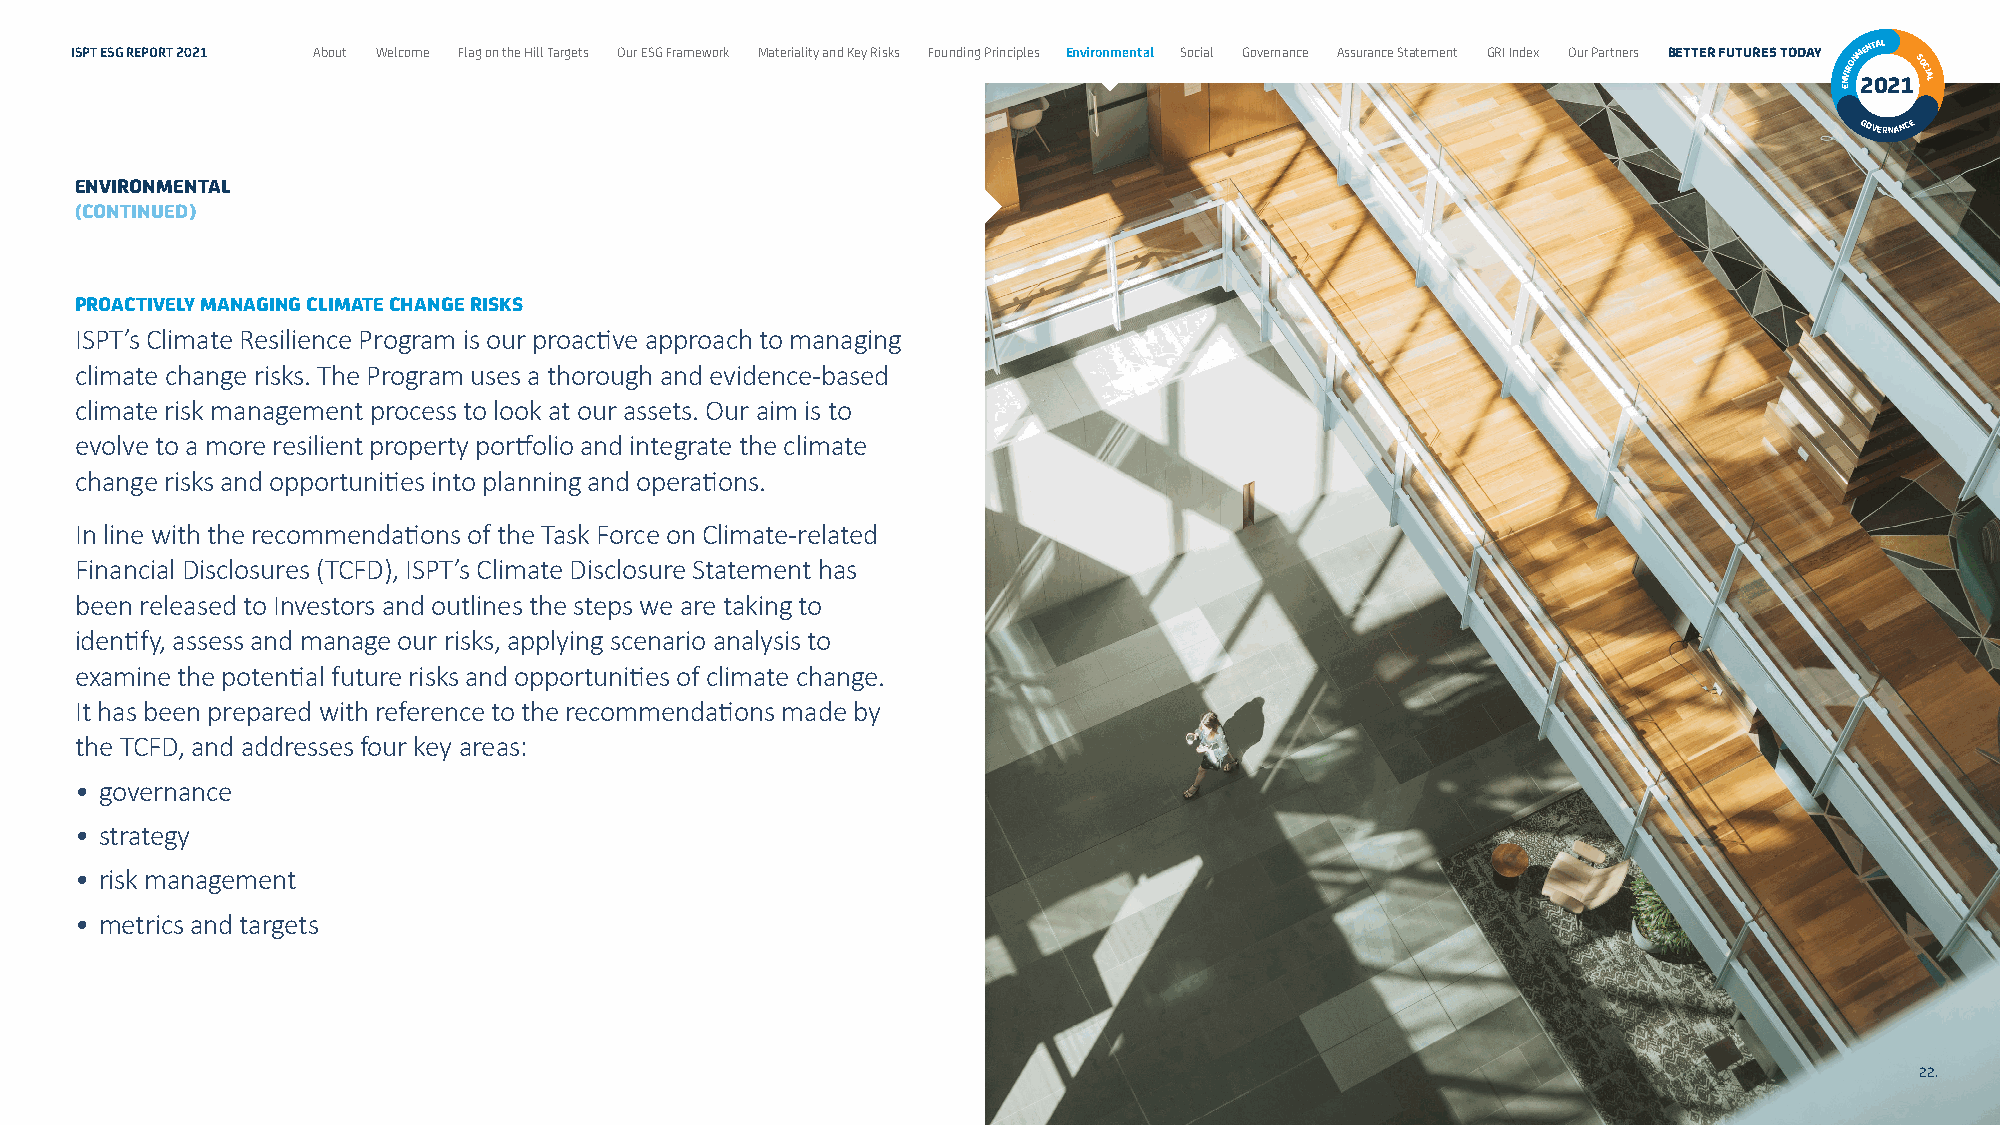
ISPT ESG REPORT 2021 About Welcome Flag on the Hill Targets Our ESG Framework Materiality and Key Risks Founding Principles Environmental Social Governance Assurance Statement GRI Index Our Partners BETTER FUTURES TODAY NVIRONM 2ENT 0AL
 21SOCIAL
 E
 GOVERNANCE
 ENVIRONMENTAL
 (CONTINUED)
 PROACTIVELY MANAGING CLIMATE CHANGE RISKS
 ISPT’s Climate Resilience Program is our proactive approach to managing
 climate change risks. The Program uses a thorough and evidence-based
 climate risk management process to look at our assets. Our aim is to
 evolve to a more resilient property portfolio and integrate the climate
 change risks and opportunities into planning and operations.
 In line with the recommendations of the Task Force on Climate-related
 Financial Disclosures (TCFD), ISPT’s Climate Disclosure Statement has
 been released to Investors and outlines the steps we are taking to
 identify, assess and manage our risks, applying scenario analysis to
 examine the potential future risks and opportunities of climate change.
 It has been prepared with reference to the recommendations made by
 the TCFD, and addresses four key areas:
 • governance
 • strategy
 • risk management
 • metrics and targets
 22.